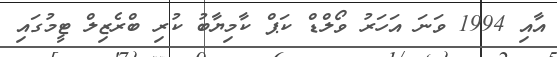
އާއި 1994 ވަނަ އަހަރު ވޯލްޑް ކަޕް ކާމިޔާބު ކުރި ބްރެޒިލް ޓީމުގައި